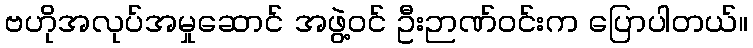
ဗဟိုအလုပ်အမှုဆောင် အဖွဲ့ဝင် ဦးဉာဏ်ဝင်းက ပြောပါတယ်။